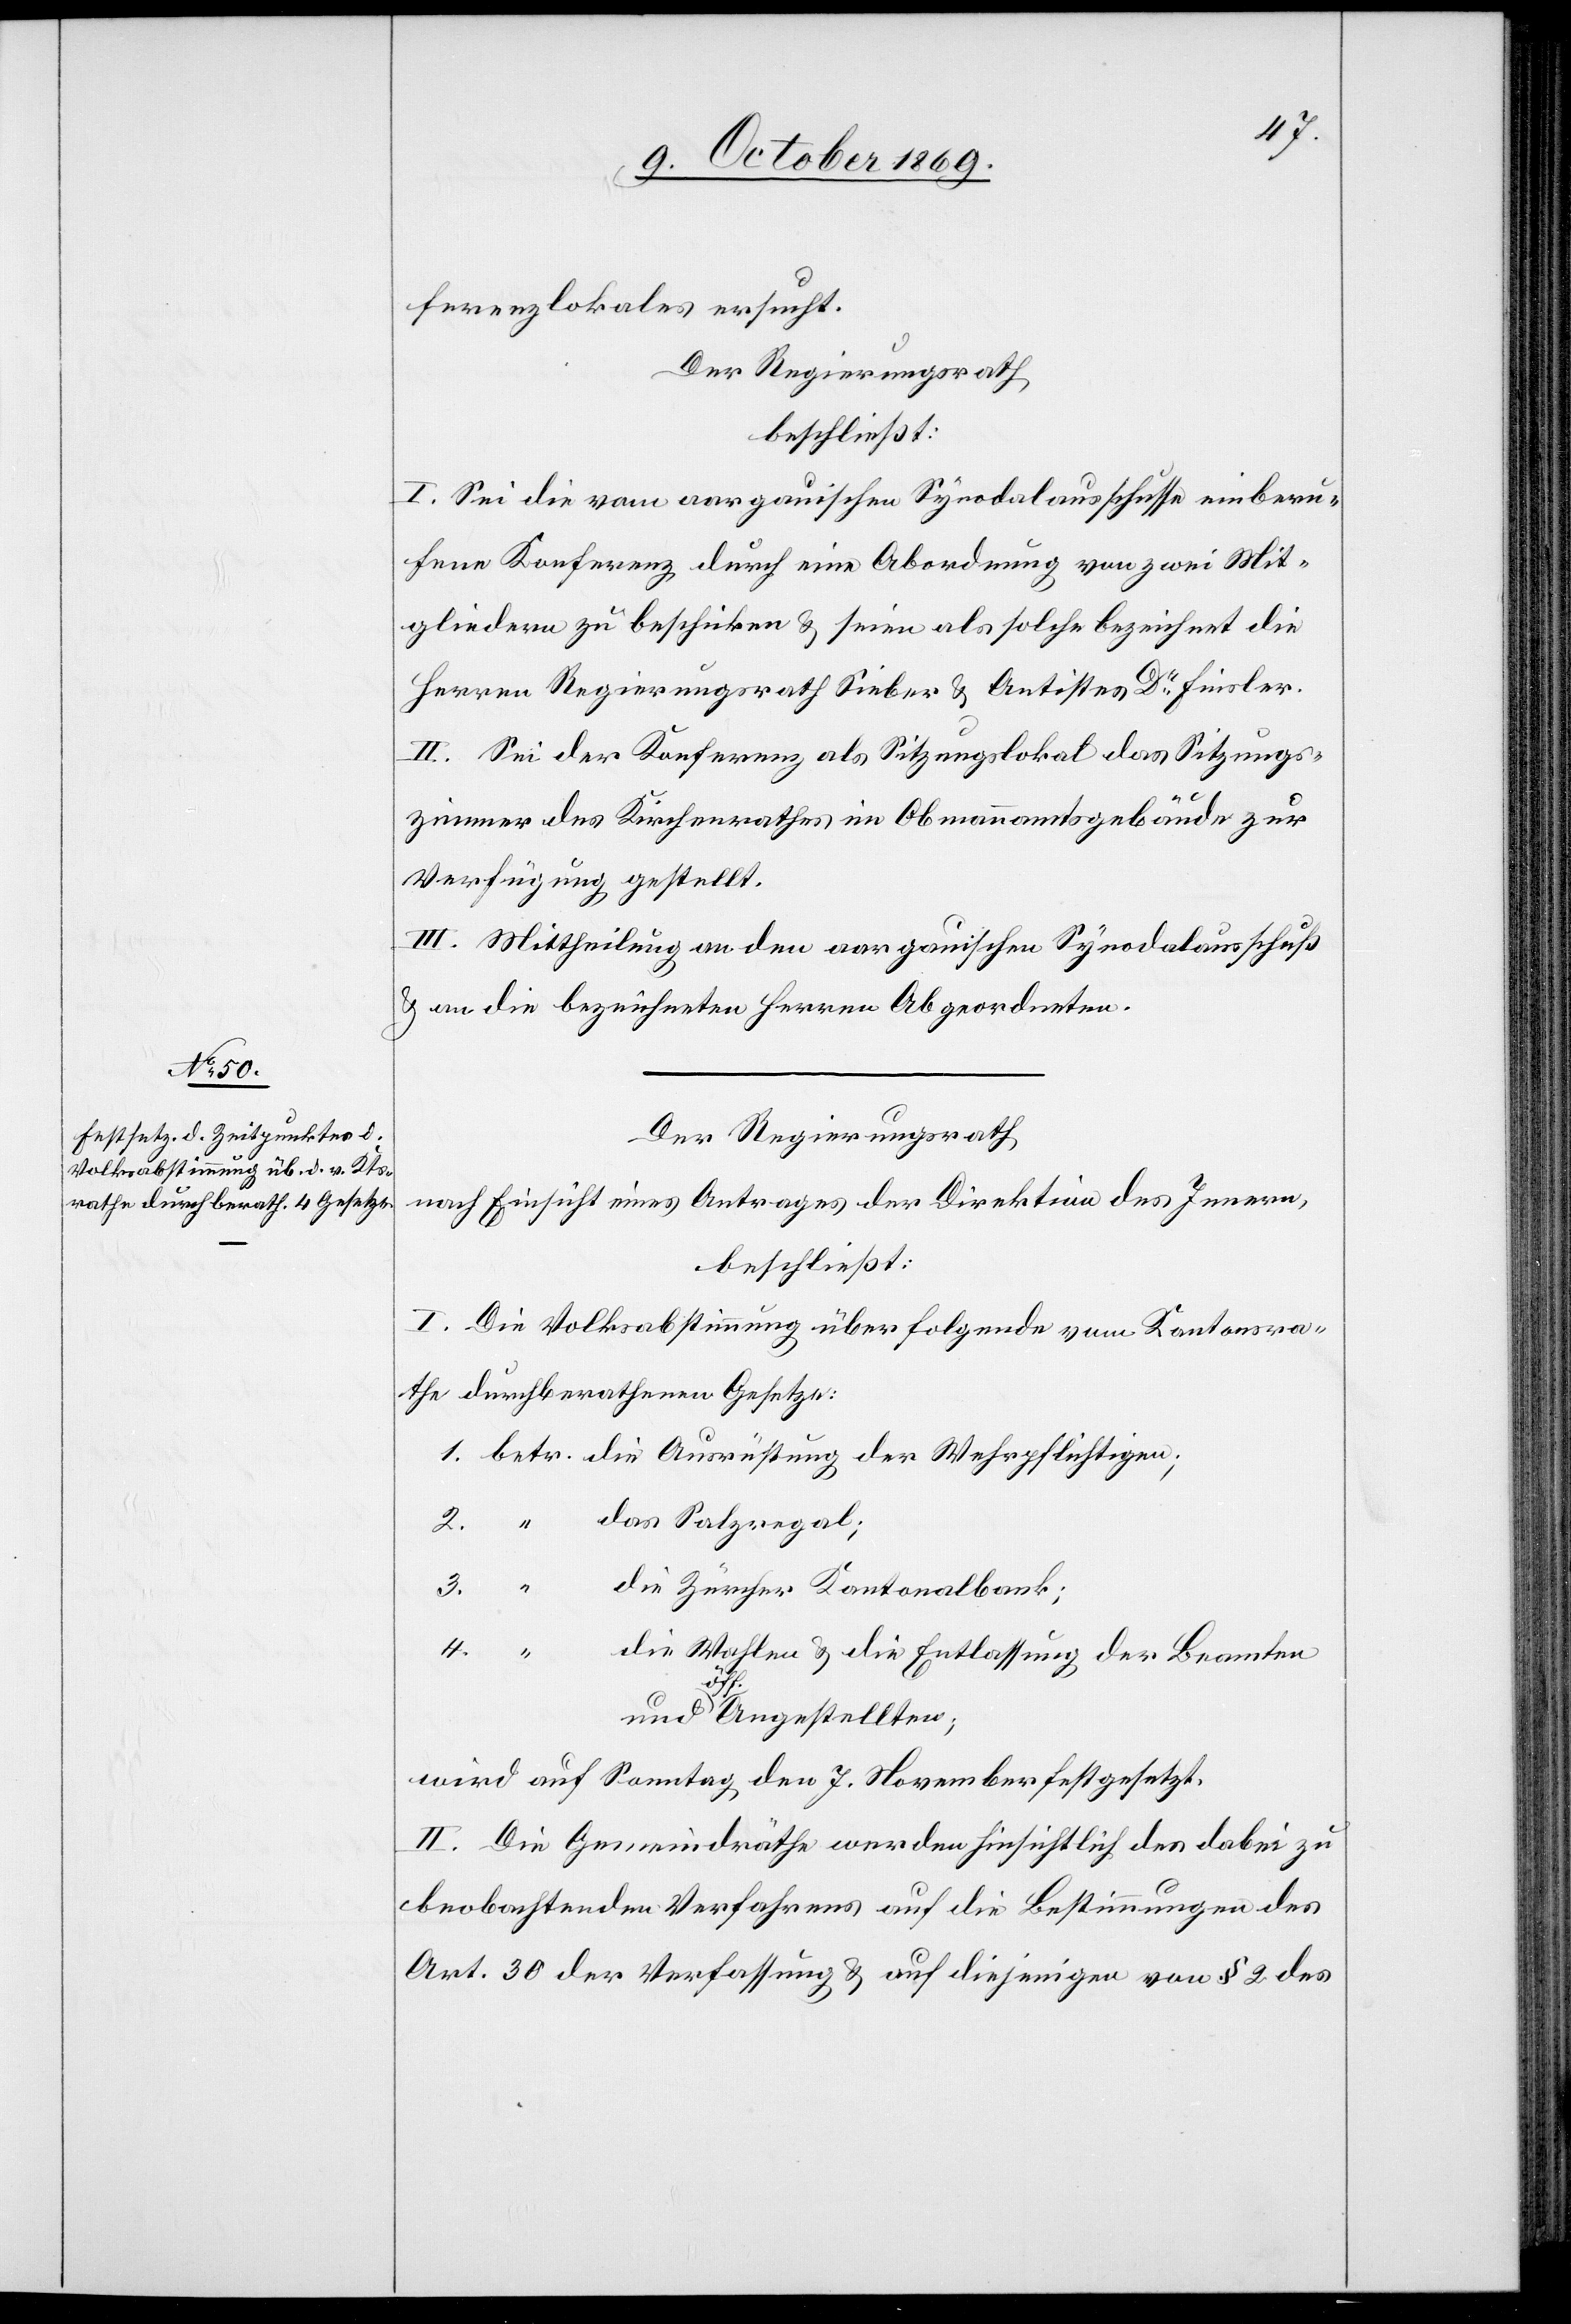
ferenzlokales ersucht.
Der Regierungsrath
beschließt:
I. Sei die vom aargauischen Synodalausschusse einberu¬
fene Konferenz durch eine Abordnung von zwei Mit¬
gliedern zu beschicken & seien als solche bezeichnet die
Herren Regierungsrath Sieber & Antistes Dr Finsler.
II. Sei der Konferenz als Sitzungslokal das Sitzungs¬
zimmer des Kirchenrathes im Obmannamtsgebäude zur
Verfügung gestellt.
III. Mittheilung an den aargauischen Synodalausschuß
& an die bezeichneten Herren Abgeordneten.
Der Regierungsrath
nach Einsicht eines Antrages der Direktion des Innern,
beschließt:
I. Die Volksabstimmung über folgende vom Kantonsra¬
the durchberathenen Gesetze:
1. betr. die Ausrüstung der Wehrpflichtigen;
2. “ das Salzregal;
3. “
die Zürcher Kantonalbank;
4. “
die Wahlen & die Entlassung der Beamten
und öff. Angestellten;
wird auf Sonntag den 7. November festgesetzt.
II. Die Gemeindräthe werden hinsichtlich des dabei zu
beobachtenden Verfahrens auf die Bestimmungen des
Art. 30 der Verfassung & auf diejenigen von § 2 des